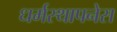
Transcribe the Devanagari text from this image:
धर्मस्थापनेस